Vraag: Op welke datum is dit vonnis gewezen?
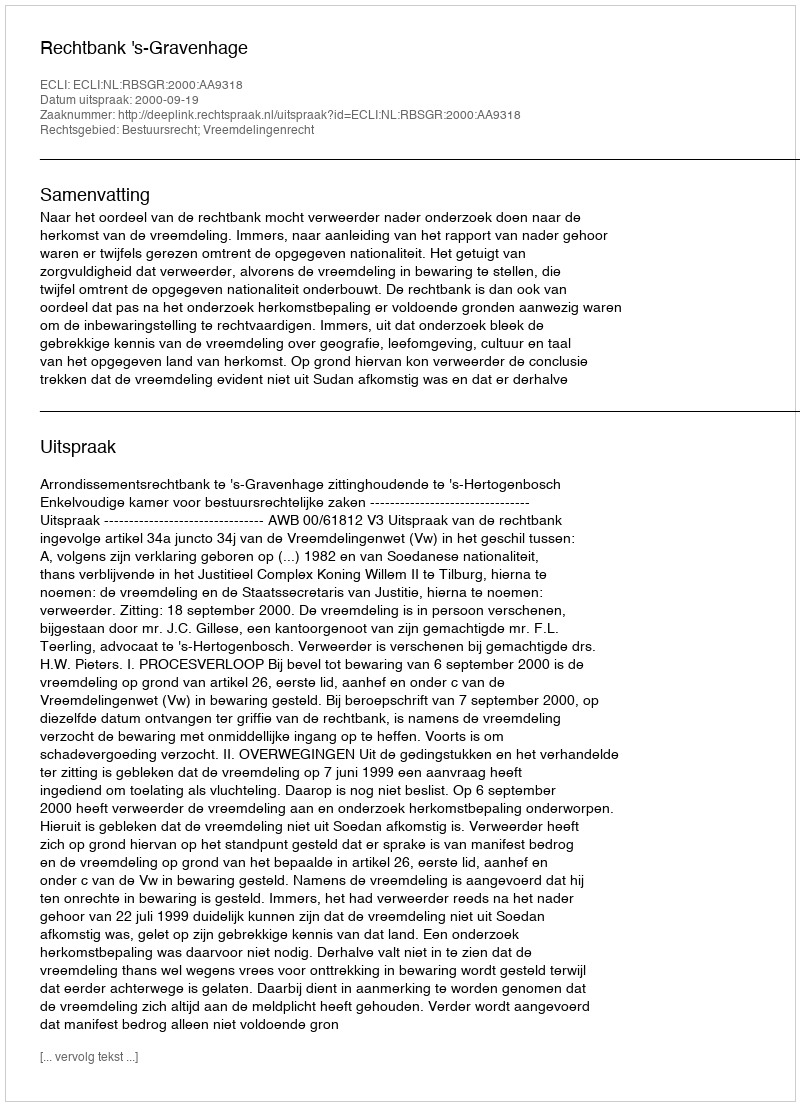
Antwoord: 2000-09-19